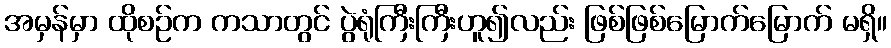
အမှန်မှာ ထိုစဉ်က ကသာတွင် ပွဲရုံကြီးကြီးဟူ၍လည်း ဖြစ်ဖြစ်မြောက်မြောက် မရှိ။